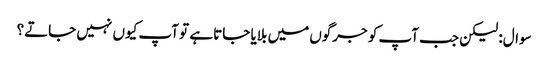
سوال: لیکن جب آپ کو جرگوں میں بلایا جاتا ہے تو آپ کیوں نہیں جاتے؟